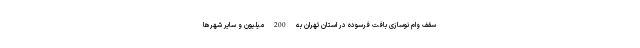
سقف وام نوسازی بافت فرسوده در استان تهران به 200 میلیون و سایر شهرها